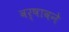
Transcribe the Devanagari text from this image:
वर्षावने